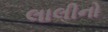
લાલીનો